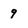
Character: 9